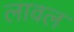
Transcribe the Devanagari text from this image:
लावल